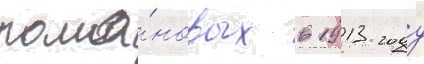
рома́новых в 1913 году